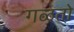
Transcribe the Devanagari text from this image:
गळतो